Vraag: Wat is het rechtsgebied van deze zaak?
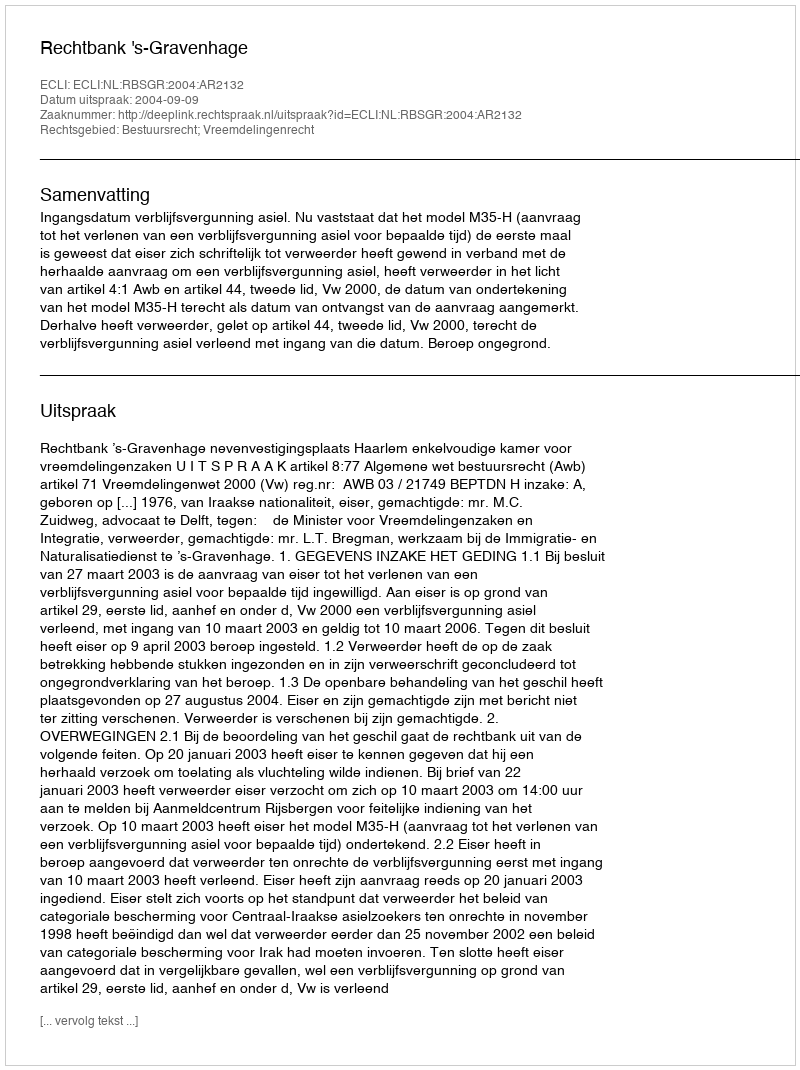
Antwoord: Bestuursrecht; Vreemdelingenrecht